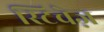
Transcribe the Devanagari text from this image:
स्टिचेज़